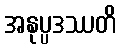
အနုပ္ပဒဿတိ